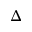
\Delta